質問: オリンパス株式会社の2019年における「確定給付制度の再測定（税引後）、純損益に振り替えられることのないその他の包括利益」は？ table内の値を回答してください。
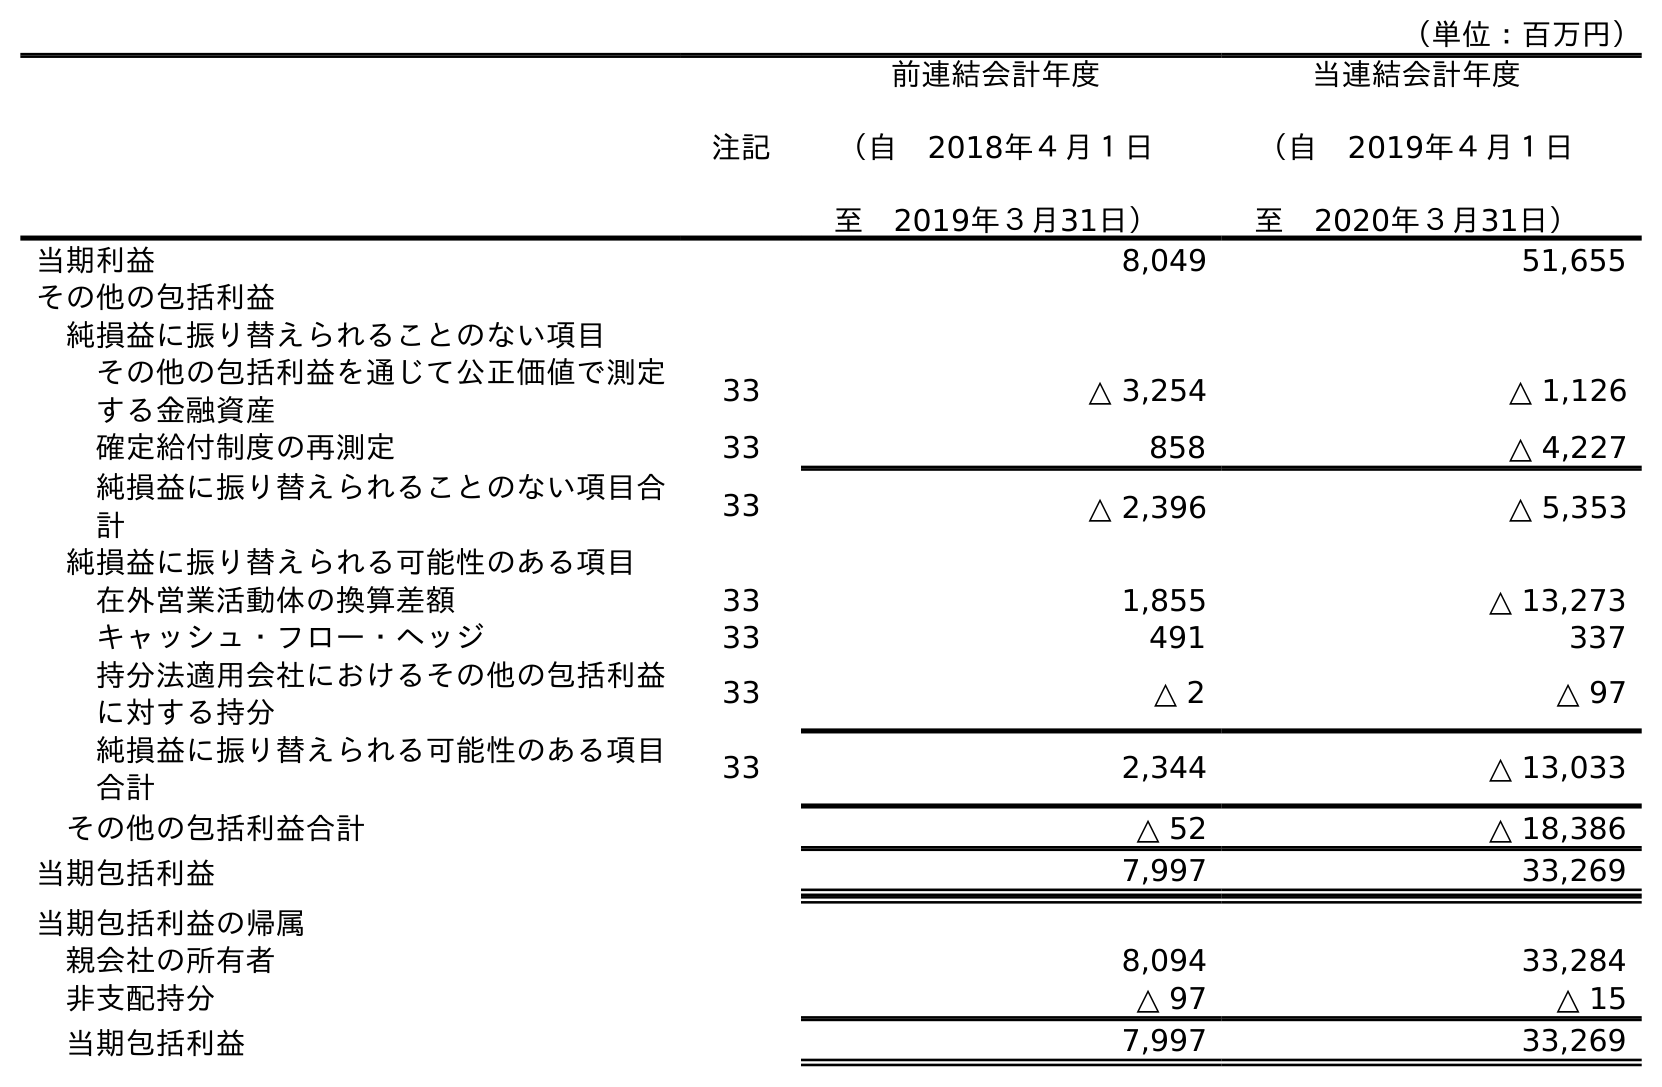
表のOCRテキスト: （単位：百万円） 注記 前連結会計年度 （自 2018年４月１日 至 2019年３月31日） 当連結会計年度 （自 2019年４月１日 至 2020年３月31日） 当期利益 8,049 51,655 その他の包括利益 純損益に振り替えられることのない項目 その他の包括利益を通じて公正価値で測定 する金融資産 33 △ 3,254 △ 1,126 確定給付制度の再測定 33 858 △ 4,227 純損益に振り替えられることのない項目合 計 33 △ 2,396 △ 5,353 純損益に振り替えられる可能性のある項目 在外営業活動体の換算差額 33 1,855 △ 13,273 キャッシュ・フロー・ヘッジ 33 491 337 持分法適用会社におけるその他の包括利益 に対する持分 33 △ 2 △ 97 純損益に振り替えられる可能性のある項目 合計 33 2,344 △ 13,033 その他の包括利益合計 △ 52 △ 18,386 当期包括利益 7,997 33,269 当期包括利益の帰属 親会社の所有者 8,094 33,284 非支配持分 △ 97 △ 15 当期包括利益 7,997 33,269
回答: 858